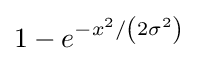
1-e^{-x^{2}/\left(2\sigma ^{2}\right)}